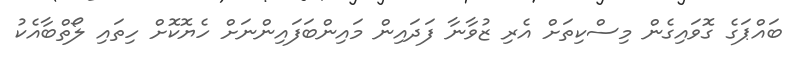
ބައްޕަގެ ގޮވައިގެން މިސްކިތަށް އެރި ޒުވާނާ ފަދައިން މައިންބަފައިންނަށް ހެޔޮކޮށް ހިތައި ލޯތްބާއެކު